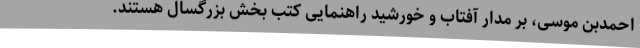
احمدبن موسی، بر مدار آفتاب و خورشید راهنمایی کتب بخش بزرگسال هستند.